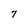
Character: 7